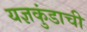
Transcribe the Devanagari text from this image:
यज्ञकुंडाची